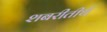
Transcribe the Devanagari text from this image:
शबरीतीर्थ